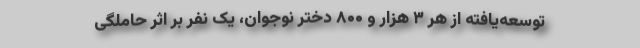
توسعه‌یافته از هر ۳ هزار و ۸۰۰ دختر نوجوان، یک نفر بر اثر حاملگی